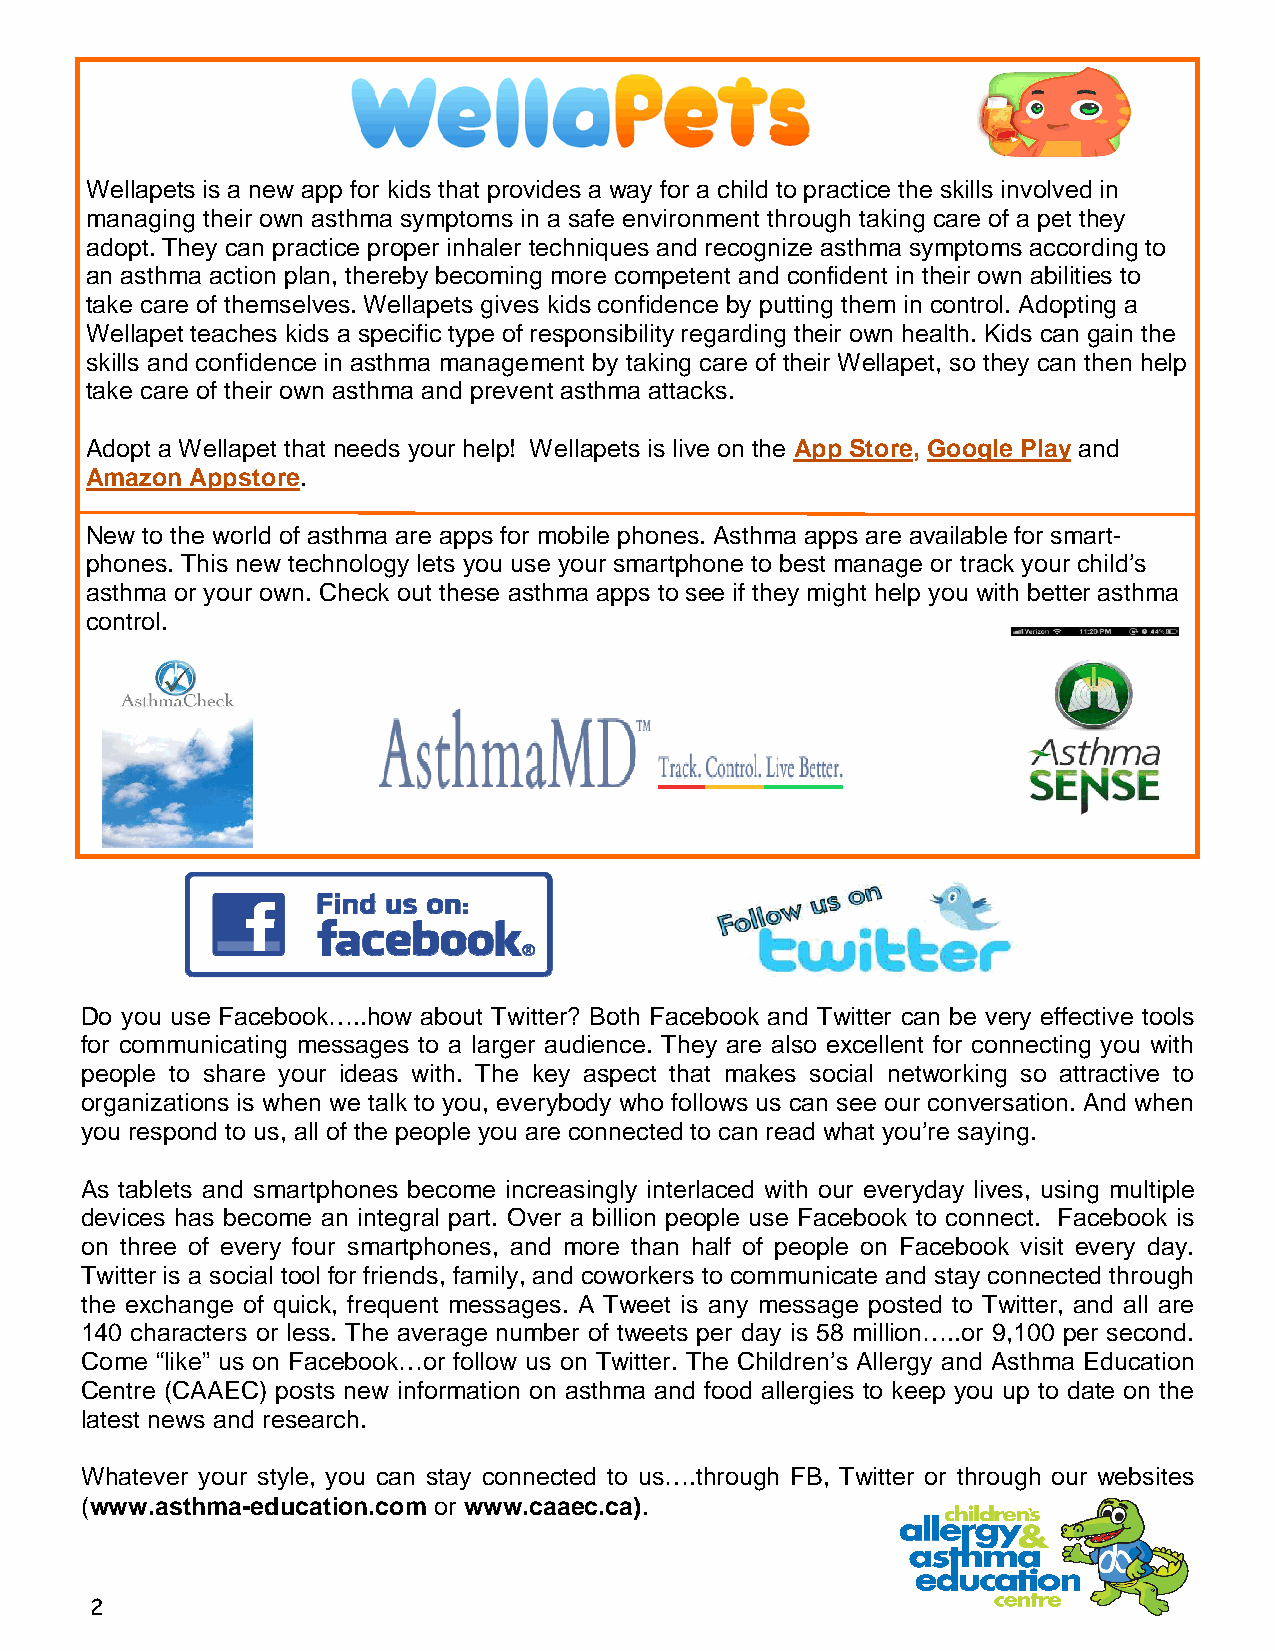
Wellapets is a new app for kids that provides a way for a child to practice the skills involved in
 managing their own asthma symptoms in a safe environment through taking care of a pet they
 adopt. They can practice proper inhaler techniques and recognize asthma symptoms according to
 an asthma action plan, thereby becoming more competent and confident in their own abilities to
 take care of themselves. Wellapets gives kids confidence by putting them in control. Adopting a
 Wellapet teaches kids a specific type of responsibility regarding their own health. Kids can gain the
 skills and confidence in asthma management by taking care of their Wellapet, so they can then help
 take care of their own asthma and prevent asthma attacks.
 Adopt a Wellapet that needs your help! Wellapets is live on the App Store, Google Play and
 Amazon Appstore.
 New to the world of asthma are apps for mobile phones. Asthma apps are available for smart-
 phones. This new technology lets you use your smartphone to best manage or track your child’s
 asthma or your own. Check out these asthma apps to see if they might help you with better asthma
 control.
 Do you use Facebook…..how about Twitter? Both Facebook and Twitter can be very effective tools
 for communicating messages to a larger audience. They are also excellent for connecting you with
 people to share your ideas with. The key aspect that makes social networking so attractive to
 organizations is when we talk to you, everybody who follows us can see our conversation. And when
 you respond to us, all of the people you are connected to can read what you’re saying.
 As tablets and smartphones become increasingly interlaced with our everyday lives, using multiple
 devices has become an integral part. Over a billion people use Facebook to connect. Facebook is
 on three of every four smartphones, and more than half of people on Facebook visit every day.
 Twitter is a social tool for friends, family, and coworkers to communicate and stay connected through
 the exchange of quick, frequent messages. A Tweet is any message posted to Twitter, and all are
 140 characters or less. The average number of tweets per day is 58 million…..or 9,100 per second.
 Come “like” us on Facebook…or follow us on Twitter. The Children’s Allergy and Asthma Education
 Centre (CAAEC) posts new information on asthma and food allergies to keep you up to date on the
 latest news and research.
 Whatever your style, you can stay connected to us….through FB, Twitter or through our websites
 (www.asthma-education.com or www.caaec.ca).
 2